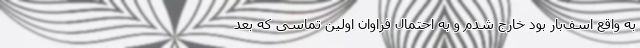
به واقع اسف‌بار بود خارج شدم و به احتمال فراوان اولین تماسی که بعد